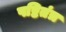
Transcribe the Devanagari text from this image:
षष्टितंत्र